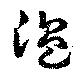
温